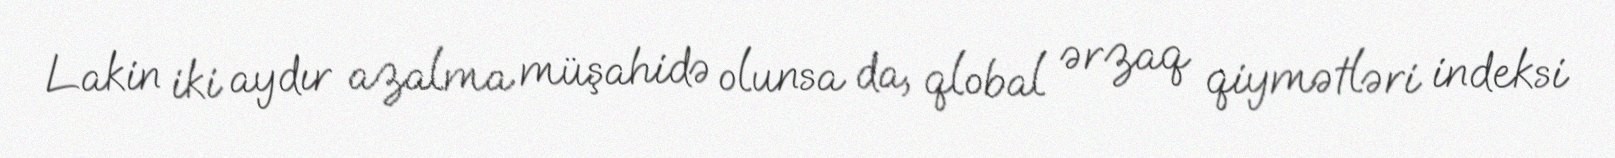
Lakin iki aydır azalma müşahidə olunsa da, qlobal ərzaq qiymətləri indeksi